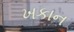
ખકાન